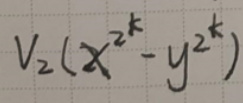
$V_2(x^{2^k}-y^{2^k})$